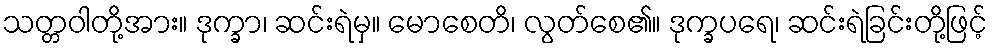
သတ္တဝါတို့အား။ ဒုက္ခာ၊ ဆင်းရဲမှ။ မောစေတိ၊ လွတ်စေ၏။ ဒုက္ခပရေ၊ ဆင်းရဲခြင်းတို့ဖြင့်